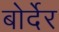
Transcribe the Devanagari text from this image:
बोर्देर